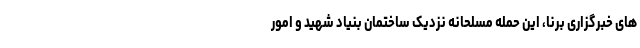
های خبرگزاری برنا، این حمله مسلحانه نزدیک ساختمان بنیاد شهید و امور